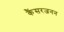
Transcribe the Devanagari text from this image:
कैंसरजनन